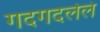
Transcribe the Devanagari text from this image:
गदगदलेलं